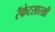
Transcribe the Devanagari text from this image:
रॅकेटसारखी